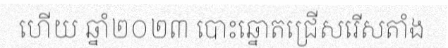
ហើយ ឆ្នាំ២០២៣ បោះឆ្នោតជ្រើសរើសតាំង